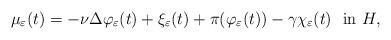
LaTeX: \begin{align*} \mu_{\varepsilon}(t)= - \nu \Delta \varphi_{\varepsilon}(t) + \xi_{\varepsilon}(t) + \pi(\varphi_{\varepsilon}(t)) - \gamma \chi_{\varepsilon}(t) \ \ \textrm{in $H$,} \end{align*}